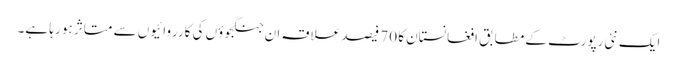
ایک نئی رپورٹ کے مطابق افغانستان کا 70 فیصد علاقہ ان جنگجوؤں کی کارروائیوں سے متاثر ہو رہا ہے۔